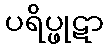
ပရိပ္ဖုဋာ